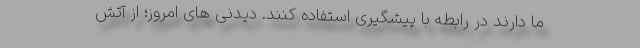
ما دارند در رابطه با پیشگیری استفاده کنند. دیدنی های امروز؛ از آتش